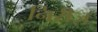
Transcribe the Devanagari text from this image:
निरीज़